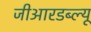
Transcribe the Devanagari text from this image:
जीआरडब्ल्यू